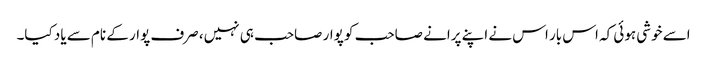
اسے خوشی ہوئی کہ اس بار اس نے اپنے پرانے صاحب کو پوار صاحب ہی نہیں، صرف پوار کے نام سے یاد کیا۔